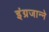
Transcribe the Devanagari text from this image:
इंग्रजान्ने